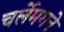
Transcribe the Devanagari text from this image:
चर्लेमगने